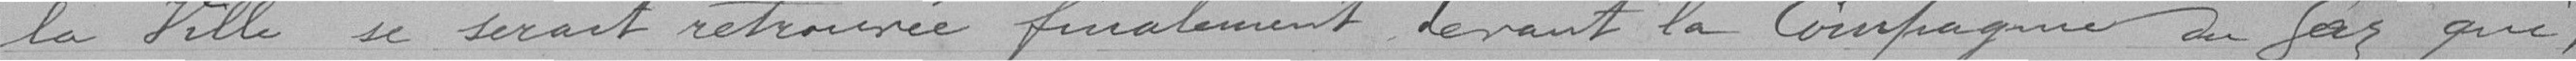
la Ville se serait retrouvée finalement la Compagnie du Gaz que,